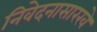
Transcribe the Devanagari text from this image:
निवेदनासारखे